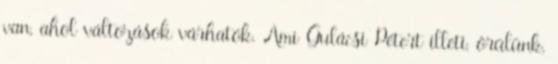
van, ahol változások várhatók. Ami Gulácsi Pétert illeti, örülünk,